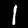
Label: 1